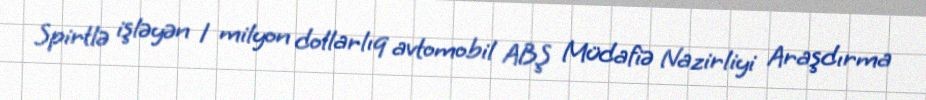
Spirtlə işləyən 1 milyon dollarlıq avtomobil ABŞ Müdafiə Nazirliyi Araşdırma